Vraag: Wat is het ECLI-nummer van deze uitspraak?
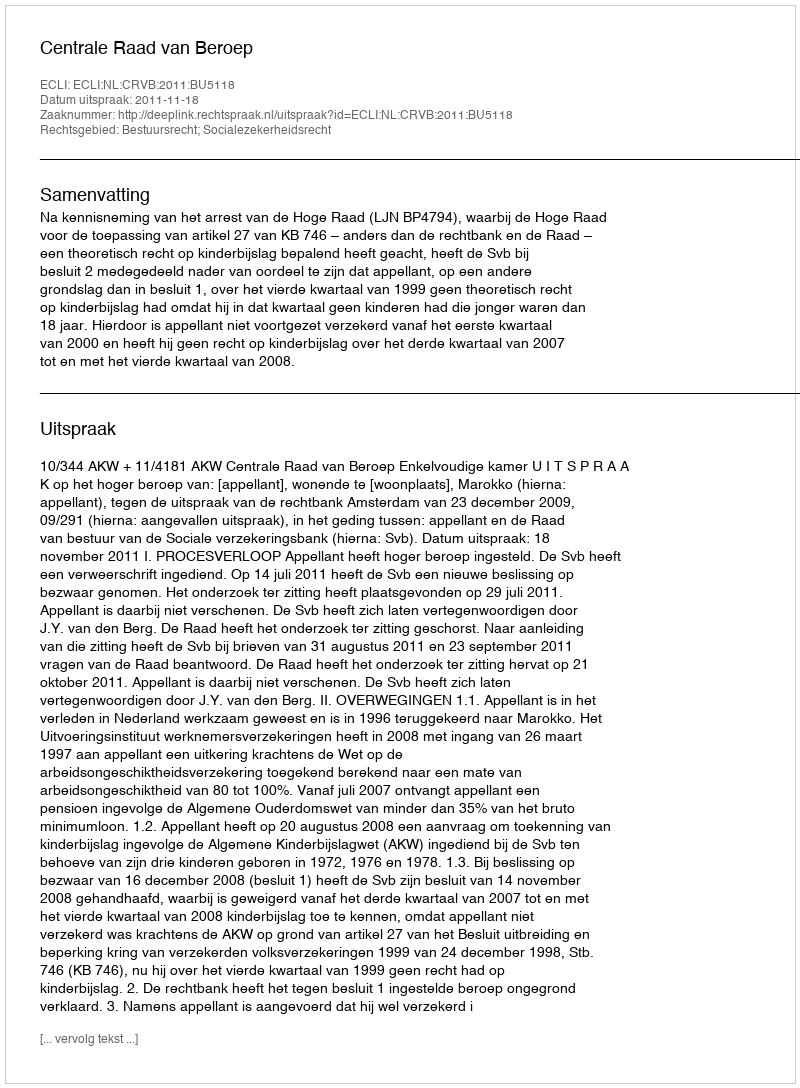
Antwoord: ECLI:NL:CRVB:2011:BU5118